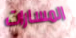
المسارات